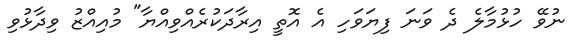
ނުވޭ ހުޅުމާލެ ދެ ވަނަ ފިޔަވަހި އެ އޮތީ އިރާދަކުރެއްވިއްޔާ" މުއިއްޒު ވިދާޅުވި